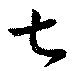
七